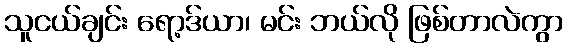
သူငယ်ချင်း ရော့ဒ်ယာ၊ မင်း ဘယ်လို ဖြစ်တာလဲကွာ